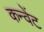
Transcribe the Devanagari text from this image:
कन्वेंट